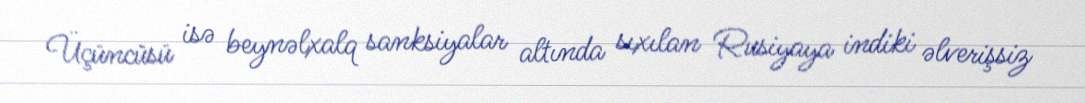
Üçüncüsü isə beynəlxalq sanksiyalar altında sıxılan Rusiyaya indiki əlverişsiz